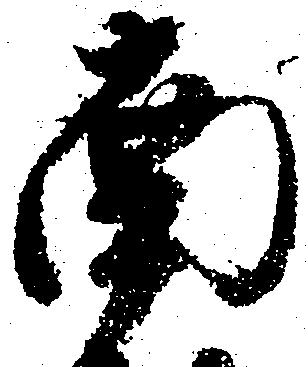
南